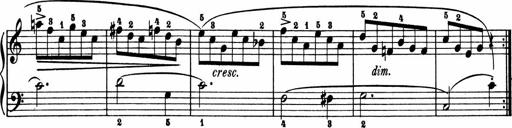
Title: 2 Sonatinen
Composer: Lambertus Adrianus van Tetterode